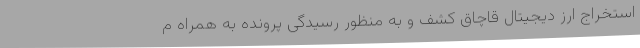
استخراج ارز دیجیتال قاچاق کشف و به منظور رسیدگی پرونده به همراه م